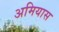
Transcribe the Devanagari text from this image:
अमियास